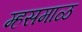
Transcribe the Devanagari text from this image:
म्हसमाळ